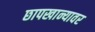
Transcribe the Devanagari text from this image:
छापखान्यावर